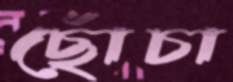
ছোঁচা